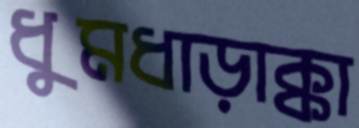
ধুমধাড়াক্কা